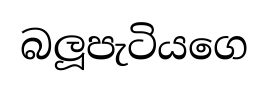
බලූපැටියගෙ